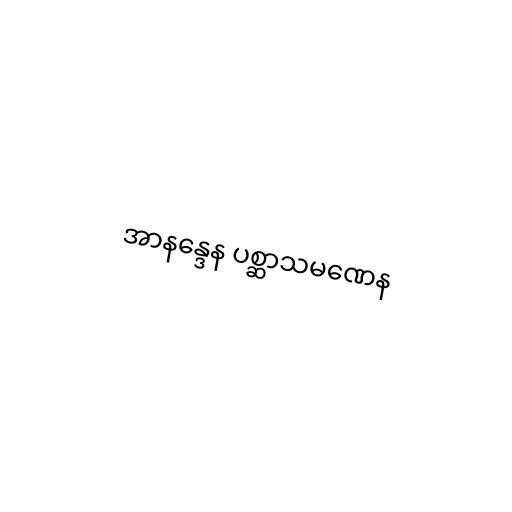
အာနန္ဒေန ပစ္ဆာသမဏေန